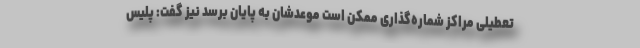
تعطیلی مراکز شماره‌گذاری ممکن است موعدشان به پایان برسد نیز گفت: پلیس